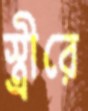
স্ত্রীরে